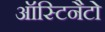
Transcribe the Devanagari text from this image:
ऑस्टिनैटो